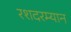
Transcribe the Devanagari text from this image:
रशदरम्यान